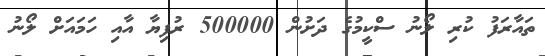
ތައާރަފު ކުރި ލޯނު ސްކީމުގެ ދަށުން 500000 ރުފިޔާ އާއި ހަމައަށް ލޯނު